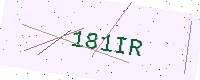
Text: 181IR